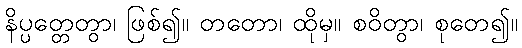
နိပ္ပတ္တေတွာ၊ ဖြစ်၍။ တတော၊ ထိုမှ။ စဝိတွာ၊ စုတေ၍။